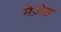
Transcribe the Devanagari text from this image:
मेज़ेस